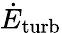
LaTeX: \dot{E}_{\mathrm{turb}}